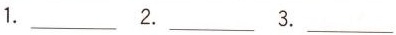
1.___ 2.___ 3.___